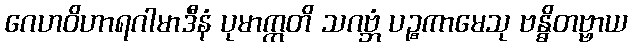
ဂေဟဝိဟာရဂါမာဒီနံ ပုမာဣတိ သဂဗ္ဘံ ပဉ္စကာမေသု ဗန္ဓိတဗ္ဗာယ